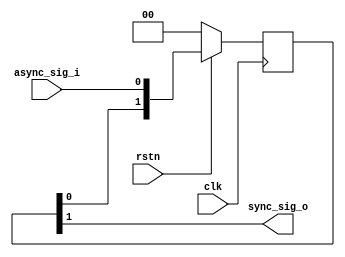
module synchroniser(clk,rstn,async_sig_i,sync_sig_o);
input clk,rstn,async_sig_i;
output wire sync_sig_o;
parameter STAGES =2;
reg [STAGES-1:0] flipflops;
always @ (posedge clk)
 if (!rstn)
  // flipflops<=[STAGES-1:0];
flipflops <=0;
else
 //flipflops <=flipflops (flipflops -1:0)& async_sig_i;
flipflops <= {flipflops[STAGES-2:0], async_sig_i};

//assign sync_sig_o= flipflops(flipflops{1'b1});
assign sync_sig_o = flipflops[STAGES-1];
endmodule